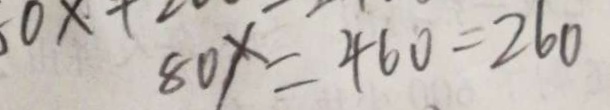
8 0 x = 4 6 0 - 2 6 0